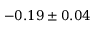
- 0 . 1 9 \pm 0 . 0 4